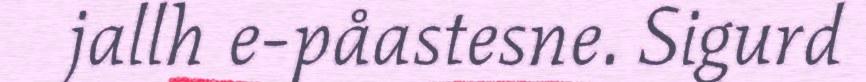
jallh e-påastesne. Sigurd